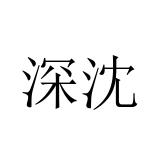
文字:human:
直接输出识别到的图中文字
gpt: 深沈